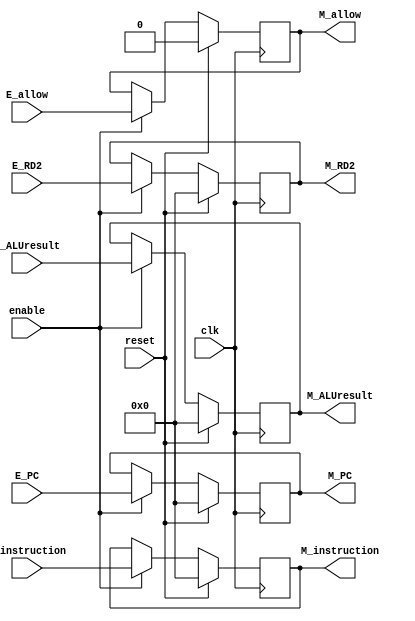
module M_reg(
    input clk,
    input reset,
    input enable,
    input [31:0] E_PC,
    input [31:0] E_instruction,
    input [31:0] E_RD2,
    input [31:0] E_ALUresult,
    input E_allow,

    output reg [31:0] M_PC,
    output reg [31:0] M_instruction,
    output reg [31:0] M_RD2,
    output reg [31:0] M_ALUresult,
    output reg M_allow
);

    always @(posedge clk) begin
        if (reset) begin
            M_PC <= 32'd0;
            M_instruction <= 32'd0;
            M_RD2 <= 32'd0;
            M_ALUresult <= 32'd0;
            M_allow <= 1'b0;
        end
        else if (enable) begin
            M_PC <= E_PC;
            M_instruction <= E_instruction;
            M_RD2 <= E_RD2;
            M_ALUresult <= E_ALUresult;
            M_allow <= E_allow;
        end    
    end
endmodule